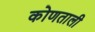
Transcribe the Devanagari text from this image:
कोणताली